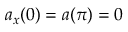
a _ { x } ( 0 ) = a ( \pi ) = 0